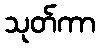
သုတ်ကာ